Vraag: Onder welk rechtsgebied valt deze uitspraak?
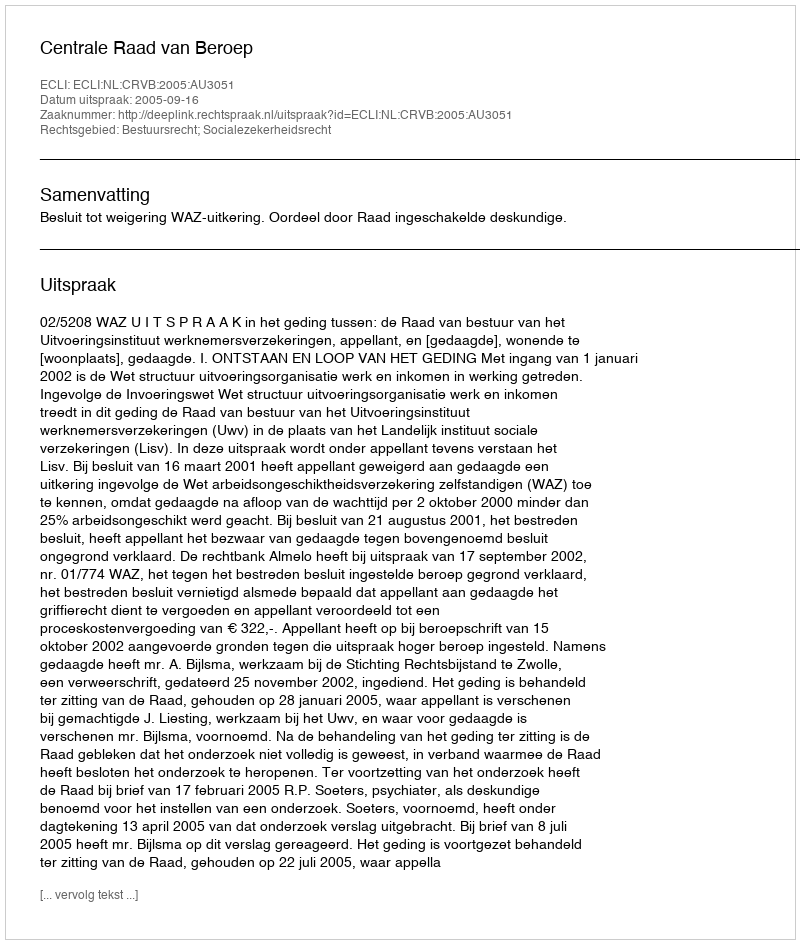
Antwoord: Bestuursrecht; Socialezekerheidsrecht